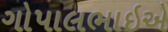
ગોપાલભાઇએ